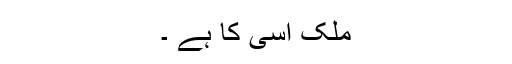
ملک اسی کا ہے ۔